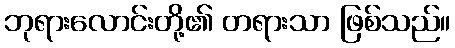
ဘုရားလောင်းတို့၏ တရားသာ ဖြစ်သည်။